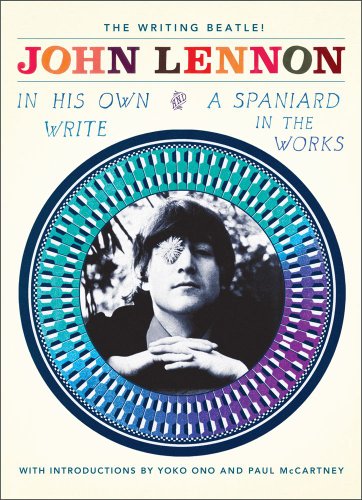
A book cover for In His Own Write and A Spaniard in the Works; John Lennon; Literature & Fiction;